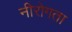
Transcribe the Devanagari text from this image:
नीरोगता